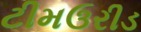
ટીમઉરીડ